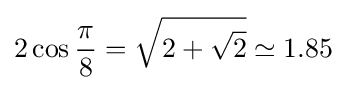
2\cos {\frac {\pi }{8}}={\sqrt {2+{\sqrt {2}}}}\simeq 1.85